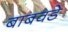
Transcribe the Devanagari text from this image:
बाबवडे